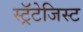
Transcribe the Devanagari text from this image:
स्ट्रॅटेजिस्ट